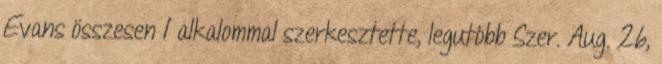
Evans összesen 1 alkalommal szerkesztette, legutóbb Szer. Aug. 26,